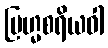
ဗြဟ္မစရိယဝါ